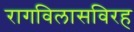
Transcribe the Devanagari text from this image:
रागविलासविरह